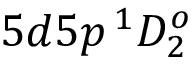
5 d 5 p \, ^ { 1 } D _ { 2 } ^ { o }